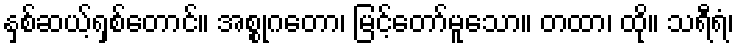
နှစ်ဆယ့်ရှစ်တောင်။ အစ္စုဂတော၊ မြင့်တော်မူသော။ တထာ၊ ထို။ သရီရံ၊